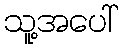
သူ့အပေါ်